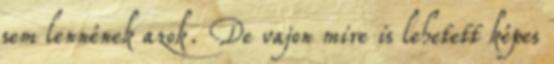
sem lennének azok. De vajon mire is lehetett képes